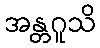
အန္တဂူသိ